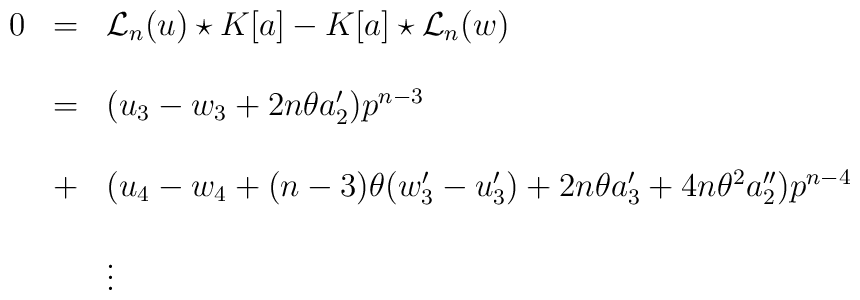
\begin{array}{lcl}0&=&{{\mathcal L}_{n}}(u)\star K[a]-K[a]\star {{\mathcal L}_{n}}(w)\\ \\&=& (u_{3}-w_{3}+2n\theta a'_{2}) p^{n-3} \\ \\&+ & (u_4-w_4+(n-3)\theta(w'_3-u'_3)+2n \theta a'_3 +4n \theta^2 a''_2)p^{n-4}\\\\& & \vdots \end{array}